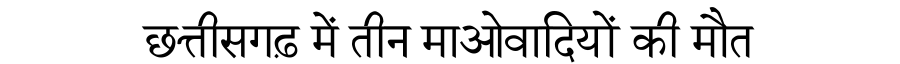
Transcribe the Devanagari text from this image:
छत्तीसगढ़ में तीन माओवादियों की मौत